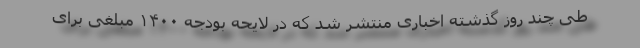
طی چند روز گذشته اخباری منتشر شد که در لایحه بودجه ۱۴۰۰ مبلغی برای